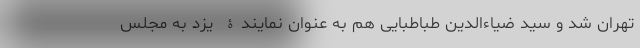
تهران شد و سید ضیاء‌الدین طباطبایی هم به عنوان نمایندۀ یزد به مجلس